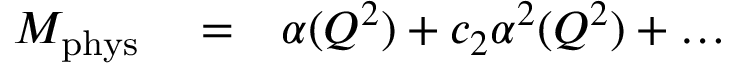
\begin{array} { r l r } { { \cal M } _ { \mathrm { p h y s } } } & { { } = } & { \alpha ( Q ^ { 2 } ) + c _ { 2 } \alpha ^ { 2 } ( Q ^ { 2 } ) + \dots } \end{array}